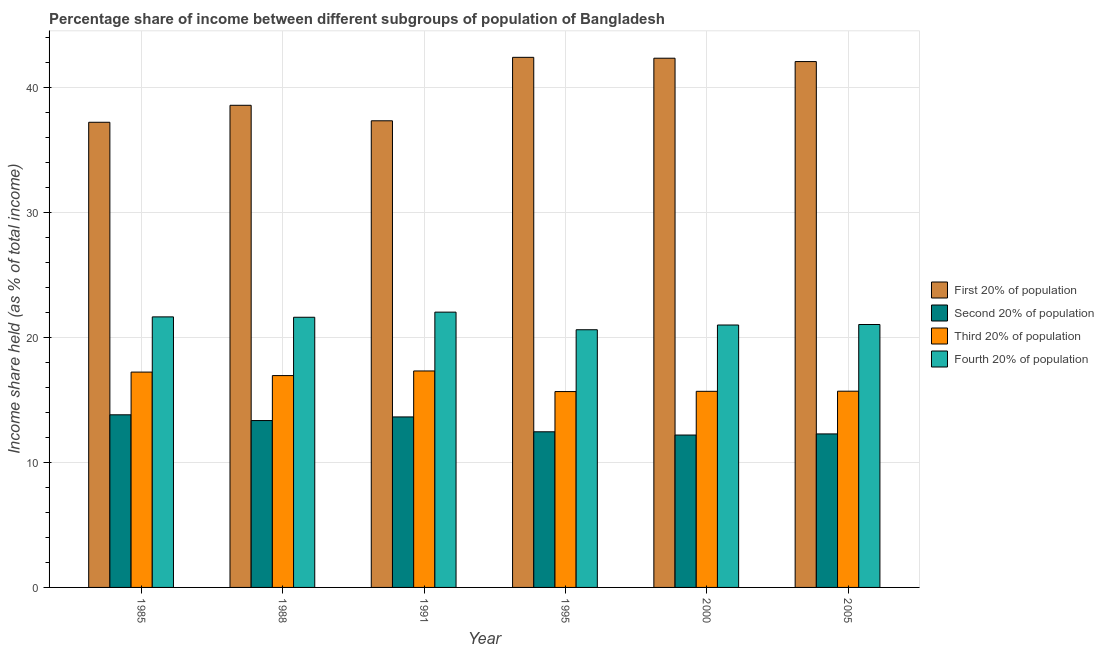
| Year | First 20% of population | Second 20% of population | Third 20% of population | Fourth 20% of population |
 | --- | --- | --- | --- | --- |
 | 1985 | 37.2 | 13.8 | 17.2 | 21.7 |
 | 1988 | 38.6 | 13.4 | 17 | 21.6 |
 | 1991 | 37.4 | 13.7 | 17.3 | 22 |
 | 1995 | 42.4 | 12.5 | 15.7 | 20.6 |
 | 2000 | 42.4 | 12.2 | 15.7 | 21 |
 | 2005 | 42.1 | 12.3 | 15.7 | 21.1 |